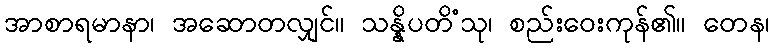
အာစာရမာနာ၊ အဆောတလျှင်။ သန္နိပတိံသု၊ စည်းဝေးကုန်၏။ တေန၊